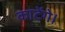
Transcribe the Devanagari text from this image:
काटेंगे।